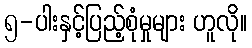
၅-ပါးနှင့်ပြည့်စုံမှုများ ဟူလို။